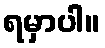
ရမှာပါ။